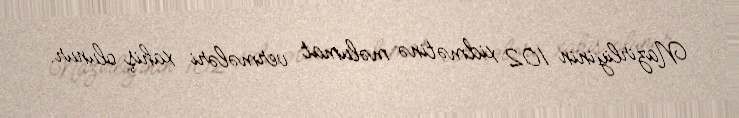
Nazirliyinin 102 xidmətinə məlumat vermələri xahiş olunur.